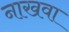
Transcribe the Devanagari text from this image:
नाखवा